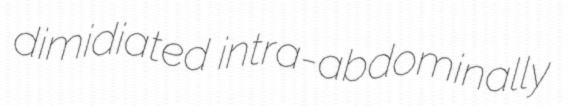
dimidiated intra-abdominally